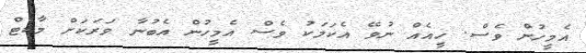
އެމީހުން ވެސް. ހީއެއް ނުވޭ އެކަމަކު ވެސް އެމީހުން އެބުނާ ވަރަކަށް މާކެޓް